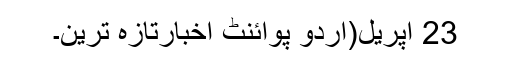
23 اپریل(اُردو پوائنٹ اخبارتازہ ترین۔